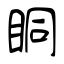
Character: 眮